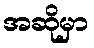
အဆိုမှာ